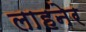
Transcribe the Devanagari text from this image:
लाहनेर